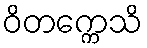
ဝိတက္ကေသိ